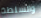
والسلطة